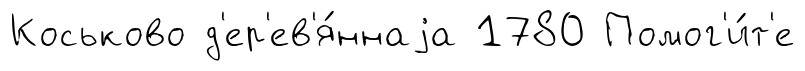
Коськово д'ер'ев'я́ннаjа 1780 Помог'и́т'е